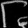
Digit: ၆